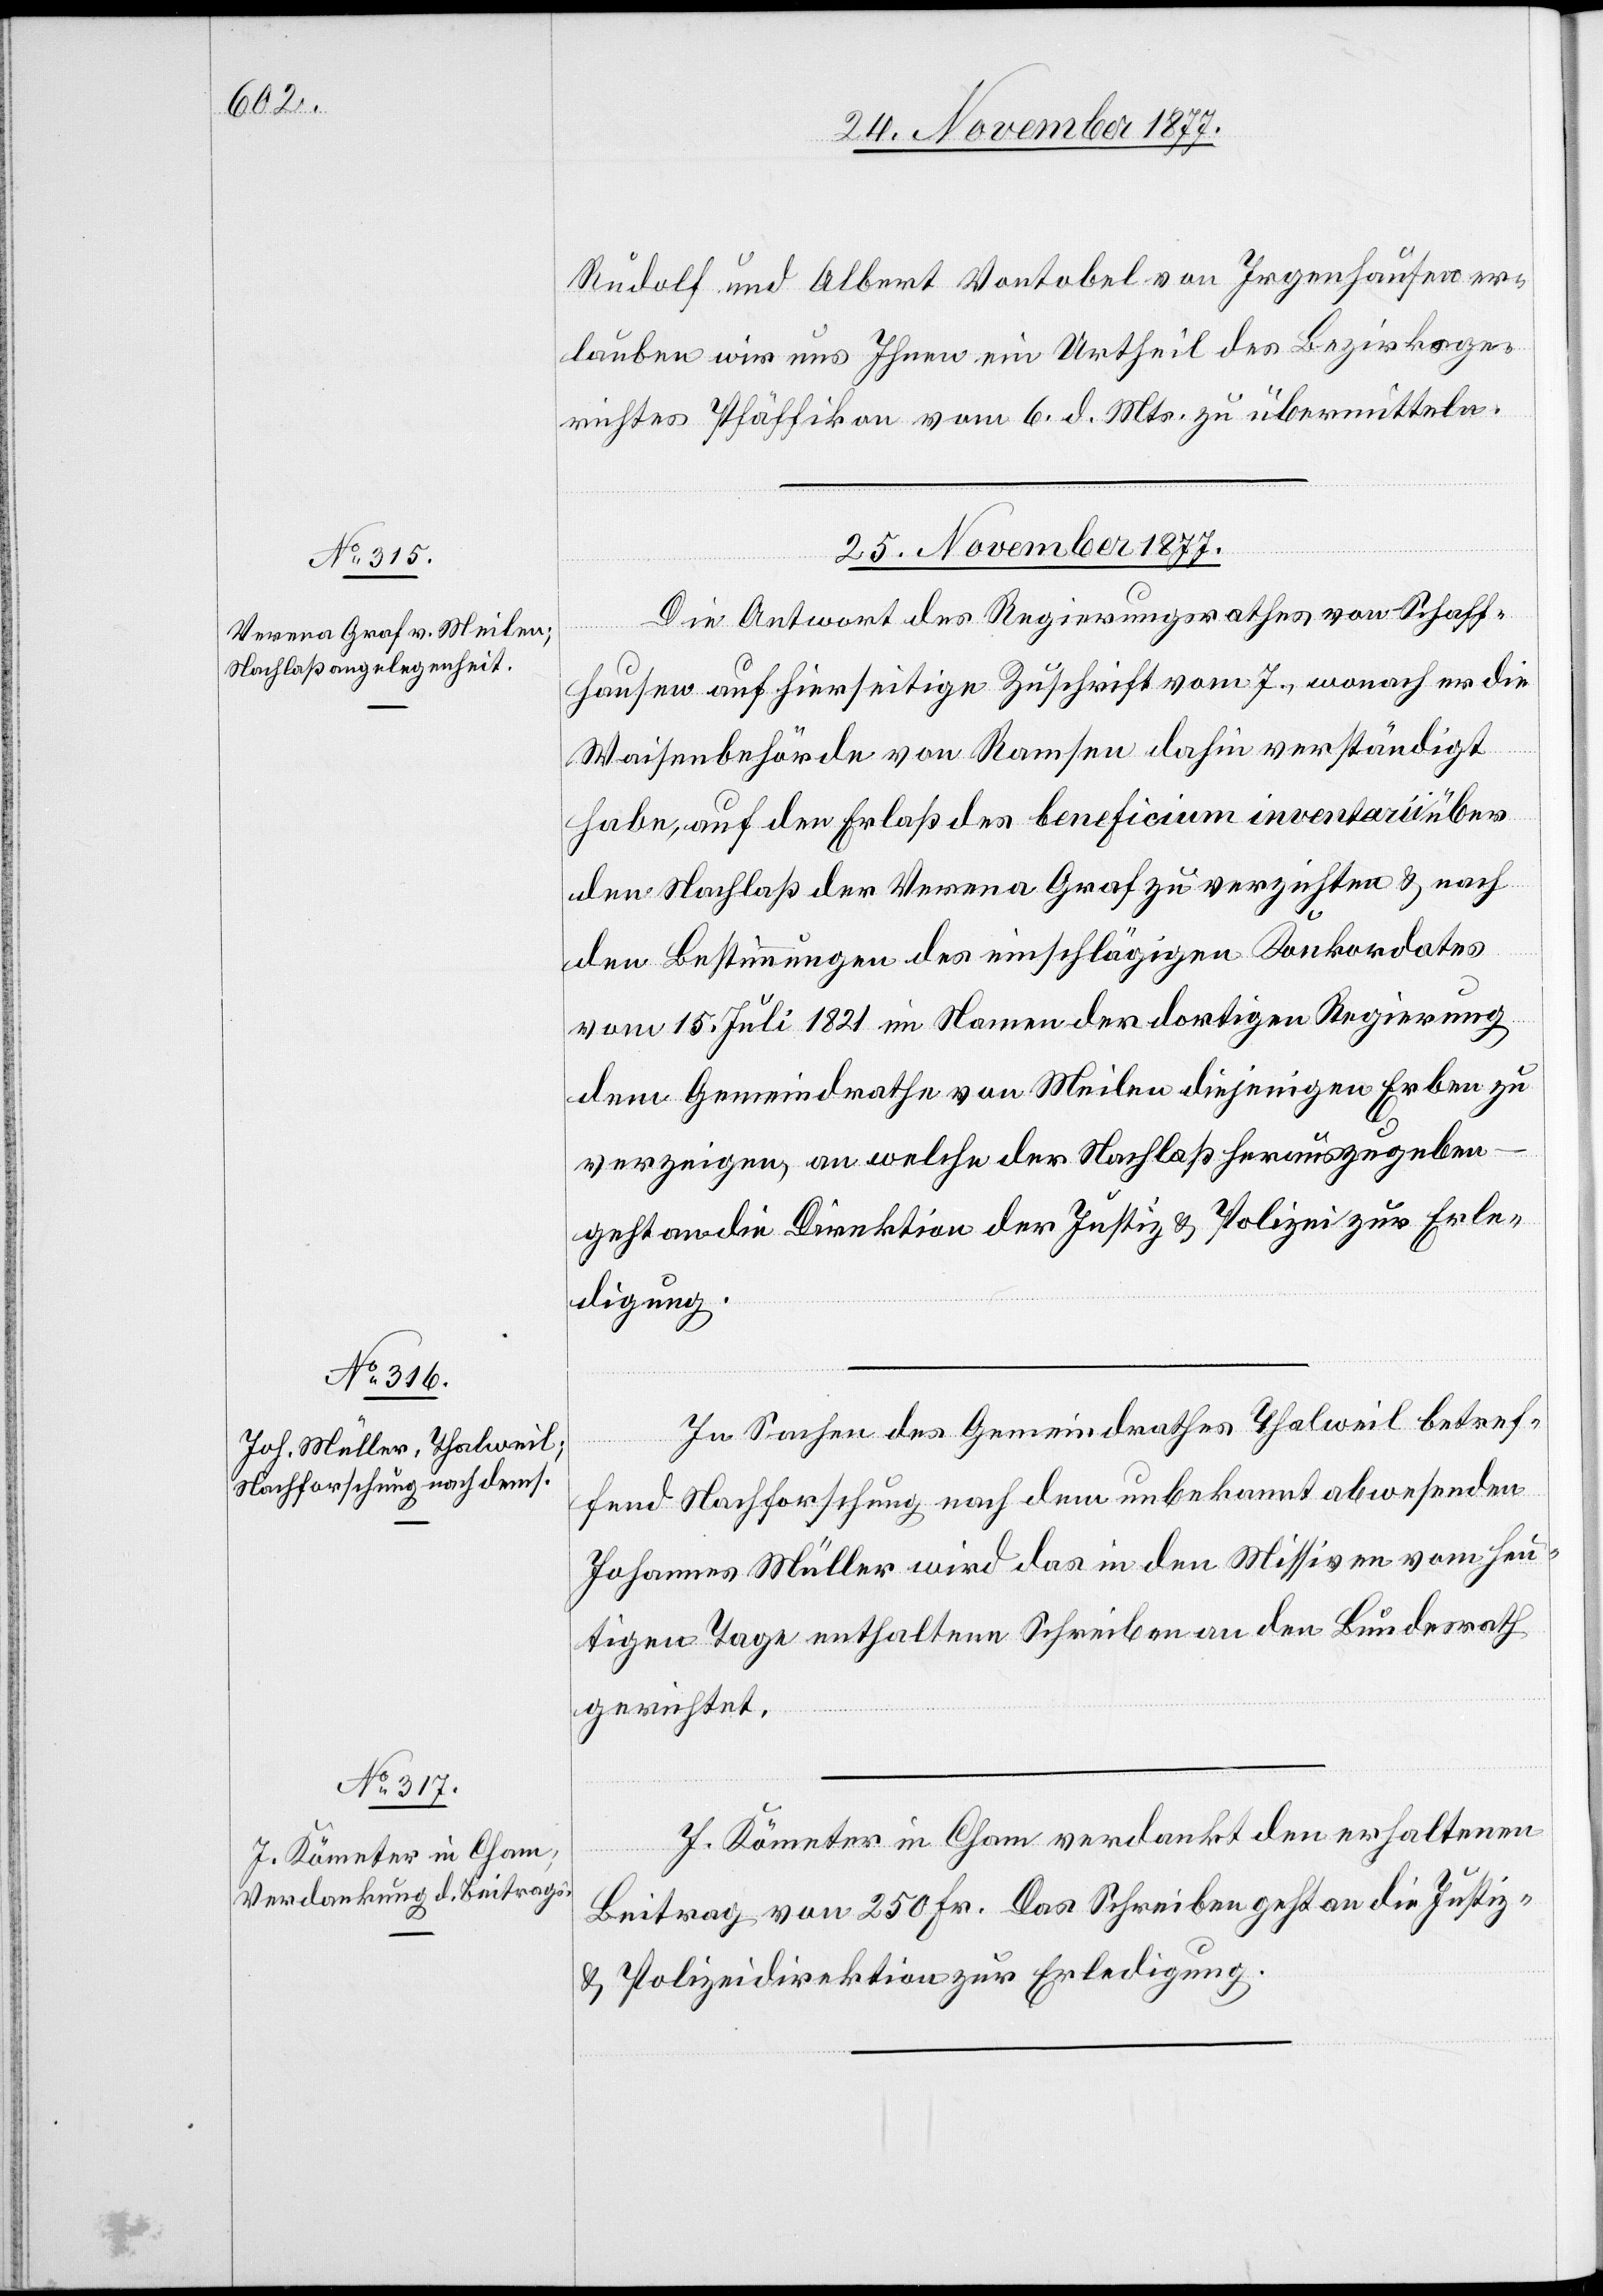
Rudolf und Albert Vontobel von Irgenhausen er¬
lauben wir uns Ihnen ein Urtheil des Bezirksge¬
richtes Pfäffikon vom 6. d. Mts. zu übermitteln.[“]
25. November 1877.]
Die Antwort des Regierungsrathes von Schaff¬
hausen auf hierseitige Zuschrift vom 7., wonach er die
Waisenbehörde von Ramsen dahin verständigt
habe, auf den Erlaß des beneficium inventarii über
den Nachlaß der Verena Graf zu verzichten & nach
den Bestimmungen des einschlägigen Konkordates
vom 15. Juli 1821 im Namen der dortigen Regierung
dem Gemeindrathe von Meilen diejenigen Erben zu
verzeigen, an welche der Nachlaß herauszugeben
geht an die Direktion der Justiz & Polizei zur Erle¬
digung.
In Sachen des Gemeindrathes Thalweil betref¬
fend Nachforschung nach dem unbekannt abwesenden
Johannes Müller wird das in den Missiven vom heu¬
tigen Tage enthaltene Schreiben an den Bundesrath
gerichtet.
J. Kömeter in Cham verdankt den erhaltenen
Beitrag von 250 Fr. Das Schreiben geht an die Justiz-
& Polizeidirektion zur Erledigung.